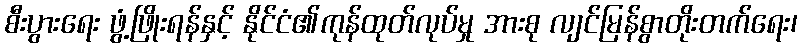
စီးပွားရေး ဖွံ့ဖြိုးရန်နှင့် နိုင်ငံ၏ကုန်ထုတ်လုပ်မှု အားစု လျင်မြန်စွာတိုးတက်ရေး၊